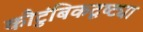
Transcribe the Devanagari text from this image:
कौटुंबिकदृष्ट्या